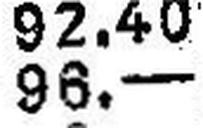
96.—